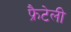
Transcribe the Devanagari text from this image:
फ्रैटेली